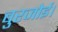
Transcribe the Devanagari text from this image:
बुरजोई।